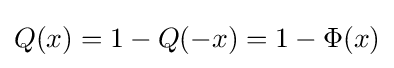
Q(x)=1-Q(-x)=1-\Phi (x)\,\!